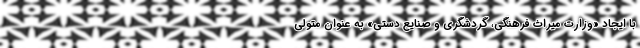
با ایجاد «وزارت میراث فرهنگی، گردشگری و صنایع دستی» به عنوان متولی